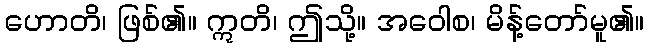
ဟောတိ၊ ဖြစ်၏။ ဣတိ၊ ဤသို့။ အဝေါစ၊ မိန့်တော်မူ၏။